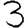
Digit: 3